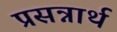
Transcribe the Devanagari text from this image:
प्रसन्नार्थ